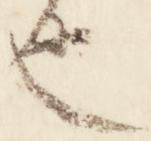
也